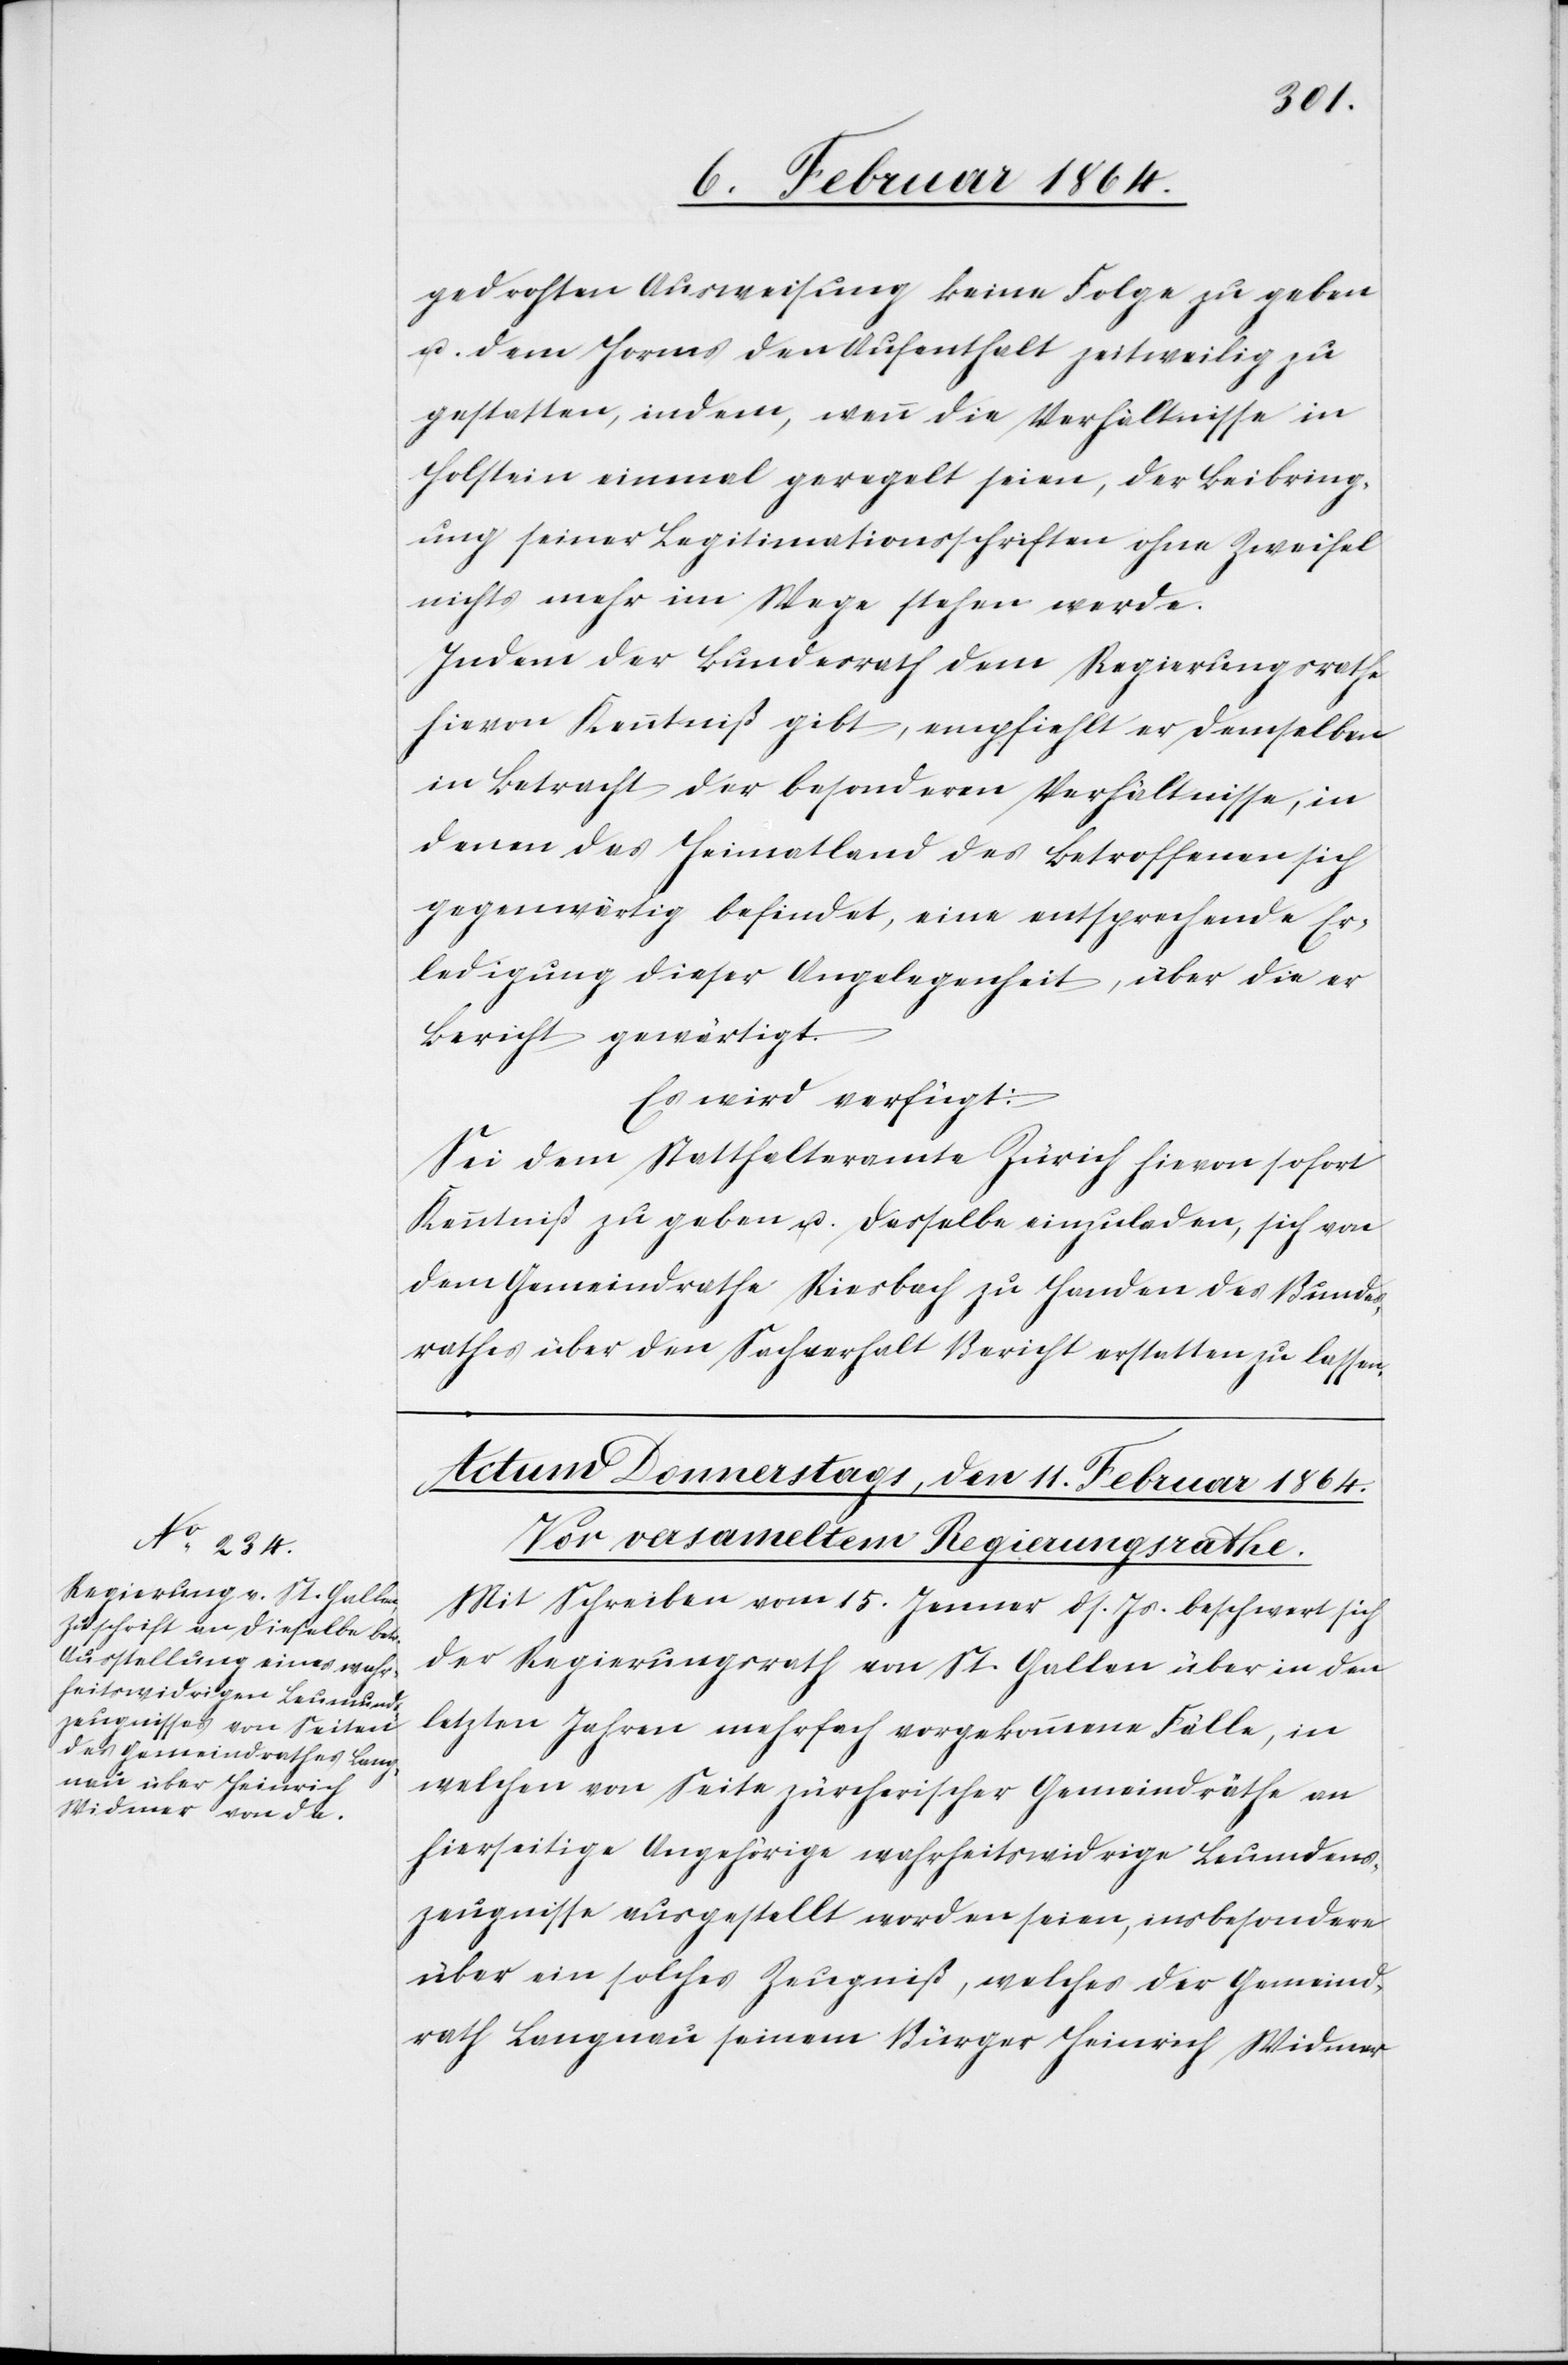
gedrohten Ausweisung keine Folge zu geben
u. dem Horms den Aufenthalt zeitweilig zu
gestatten, indem, wenn die Verhältnisse in
Holstein einmal geregelt seien, der Beibring¬
ung seiner Legitimationsschriften ohne Zweifel
nichts mehr im Wege stehen werde.
Indem der Bundesrath dem Regierungsrathe
hievon Kenntniß gibt, empfiehlt er demselben
in Betracht der besonderen Verhältnisse, in
denen das Heimatland des Betroffenen sich
gegenwärtig befindet, eine entsprechende Er¬
ledigung dieser Angelegenheit, über die er
Bericht gewärtigt.
Es wird verfügt:
Sei dem Statthalteramte Zürich hievon sofort
Kenntniß zu geben u. dasselbe einzuladen, sich von
dem Gemeindrathe Riesbach zu Handen des Bundes¬
rathes über den Sachverhalt Bericht erstatten zu lassen.
Mit Schreiben vom 15. Jenner ds. Js. beschwert sich
der Regierungsrath von St. Gallen über in den
letzten Jahren mehrfach vorgekommene Fälle, in
welchen von Seite zürcherischer Gemeindräthe an
hierseitige Angehörige wahrheitswidrige Leumdens¬
zeugnisse ausgestellt worden seien, insbesondere
über ein solches Zeugniß, welches der Gemeind¬
rath Langnau seinem Bürger Heinrich Widmer